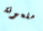
ملعونة